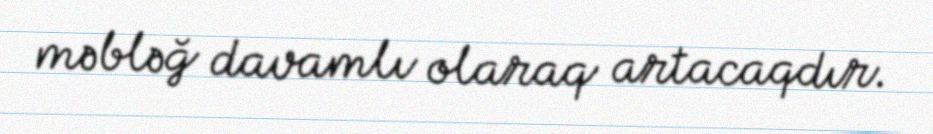
məbləğ davamlı olaraq artacaqdır.